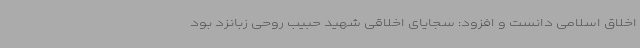
اخلاق اسلامی دانست و افزود: سجایای اخلاقی شهید حبیب روحی زبانزد بود